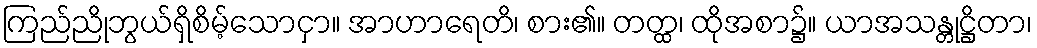
ကြည်ညိုဘွယ်ရှိစိမ့်သောငှာ။ အာဟာရေတိ၊ စား၏။ တတ္ထ၊ ထိုအစာ၌။ ယာအသန္တုဋ္ဌိတာ၊